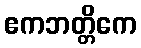
ဧကဘတ္တိကေ